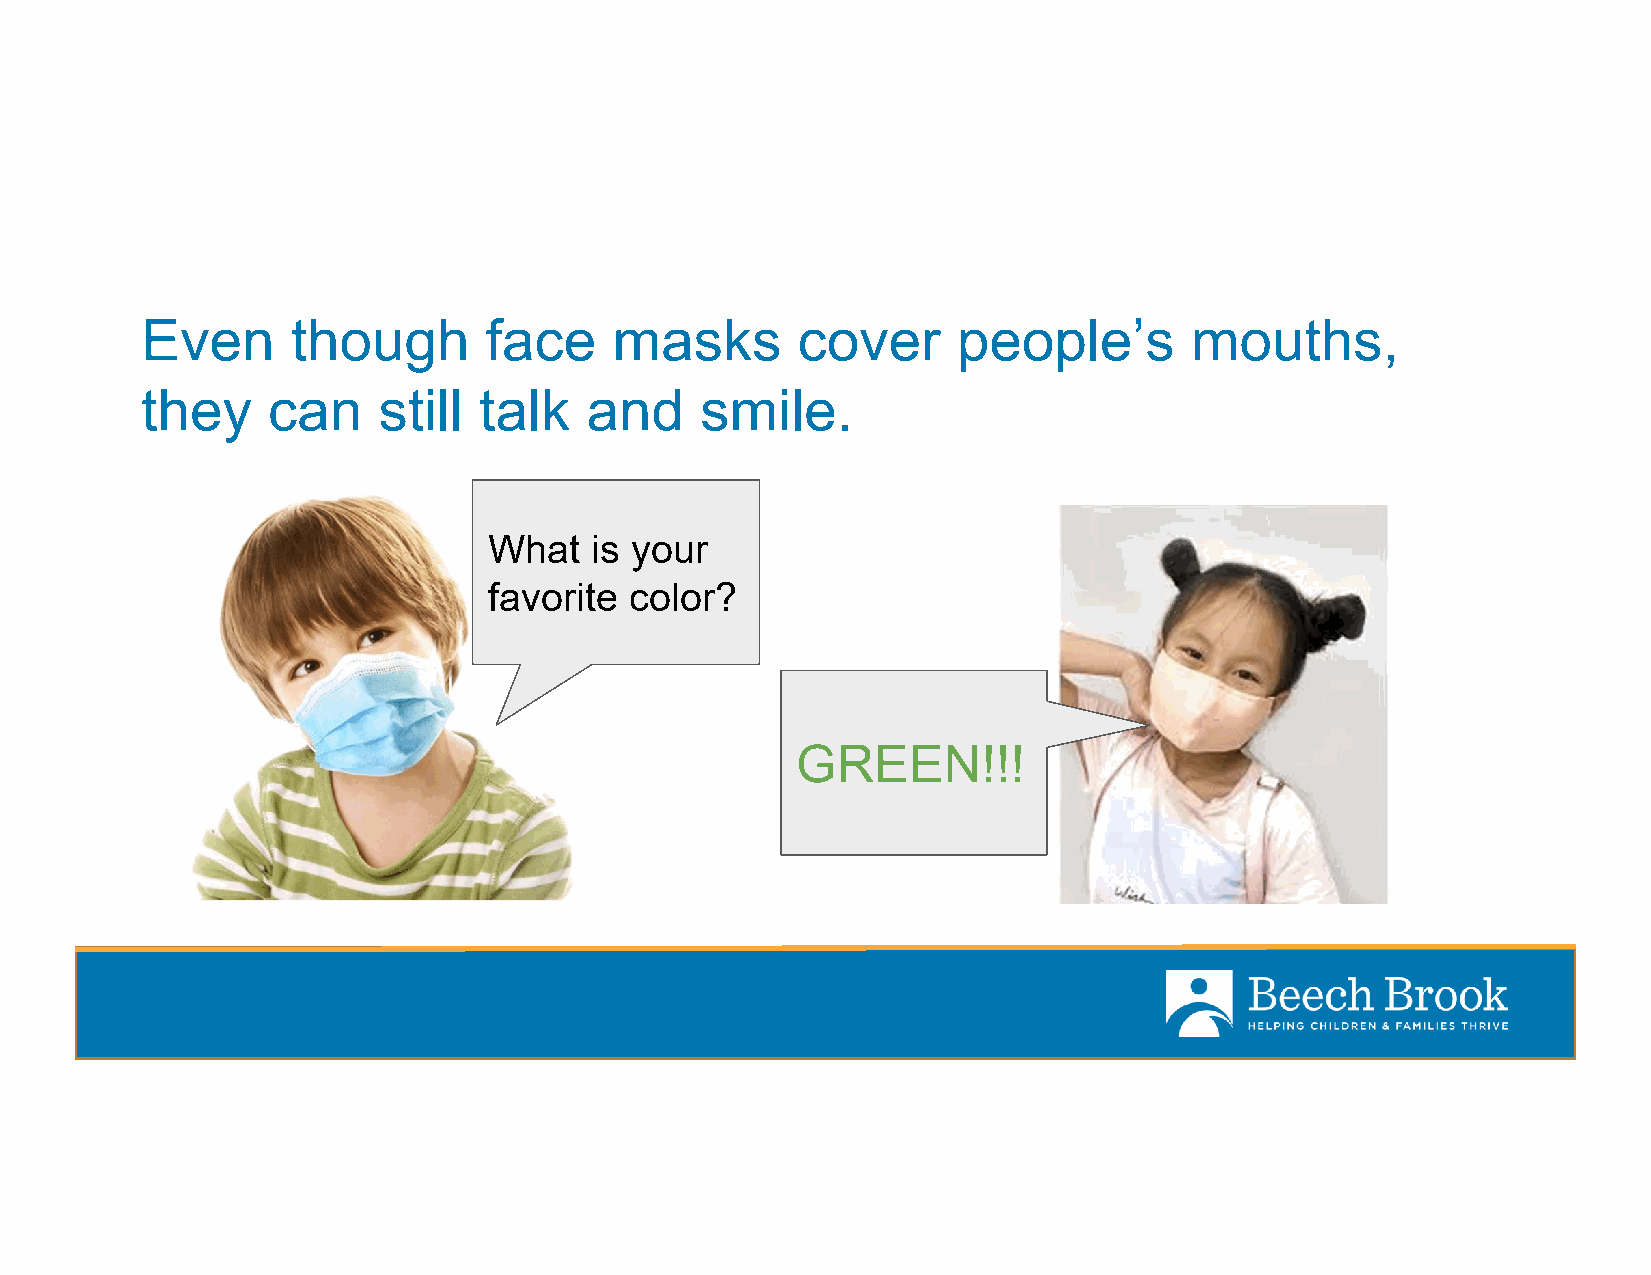
Even      though       face     masks       cover     people’s        mouths,
 they     can    still  talk   and    smile.
 What   is your
 favorite  color?
 GREEN!!!